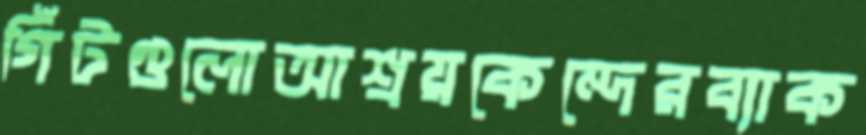
গিঁটগুলোআশ্রয়কেন্দেরব্যাক